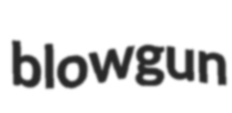
blowgun